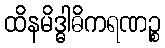
ထိနမိဒ္ဓါဓိကရဏဉ္စ